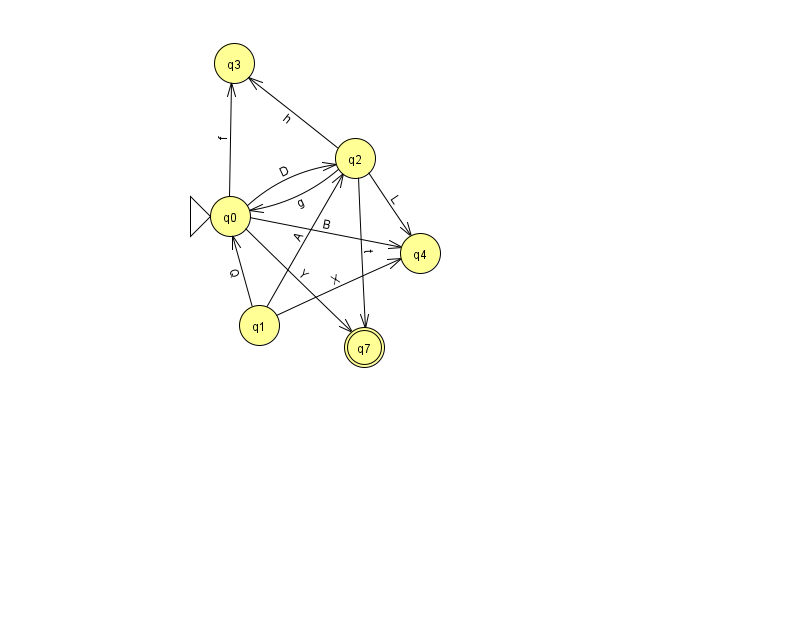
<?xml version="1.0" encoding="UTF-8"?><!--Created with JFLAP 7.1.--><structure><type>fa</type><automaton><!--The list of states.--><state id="0" name="q0"><x>230.0</x><y>203.0</y><initial/></state><state id="1" name="q1"><x>259.0</x><y>312.0</y></state><state id="2" name="q2"><x>355.0</x><y>145.0</y></state><state id="3" name="q3"><x>234.0</x><y>50.0</y></state><state id="4" name="q4"><x>420.0</x><y>240.0</y></state><state id="7" name="q7"><x>364.0</x><y>334.0</y><final/></state><!--The list of transitions.--><transition><from>1</from><to>2</to><read>A</read></transition><transition><from>0</from><to>3</to><read>f</read></transition><transition><from>2</from><to>3</to><read>h</read></transition><transition><from>0</from><to>2</to><read>D</read></transition><transition><from>0</from><to>7</to><read>Y</read></transition><transition><from>1</from><to>4</to><read>X</read></transition><transition><from>2</from><to>7</to><read>t</read></transition><transition><from>2</from><to>0</to><read>g</read></transition><transition><from>2</from><to>4</to><read>L</read></transition><transition><from>1</from><to>0</to><read>Q</read></transition><transition><from>0</from><to>4</to><read>B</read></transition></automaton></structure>